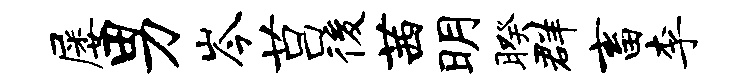
屡男岑莒後茜明暌群畜李